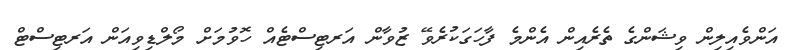
އަންވެއިލިން ވިޝަންގެ ތެރެއިން އެންމެ ފާހަގަކުރެވޭ ޒުވާން އަރޓިސްޓެއް ހޮވުމަށް މޯލްޑިވިއަން އަރޓިސްޓް